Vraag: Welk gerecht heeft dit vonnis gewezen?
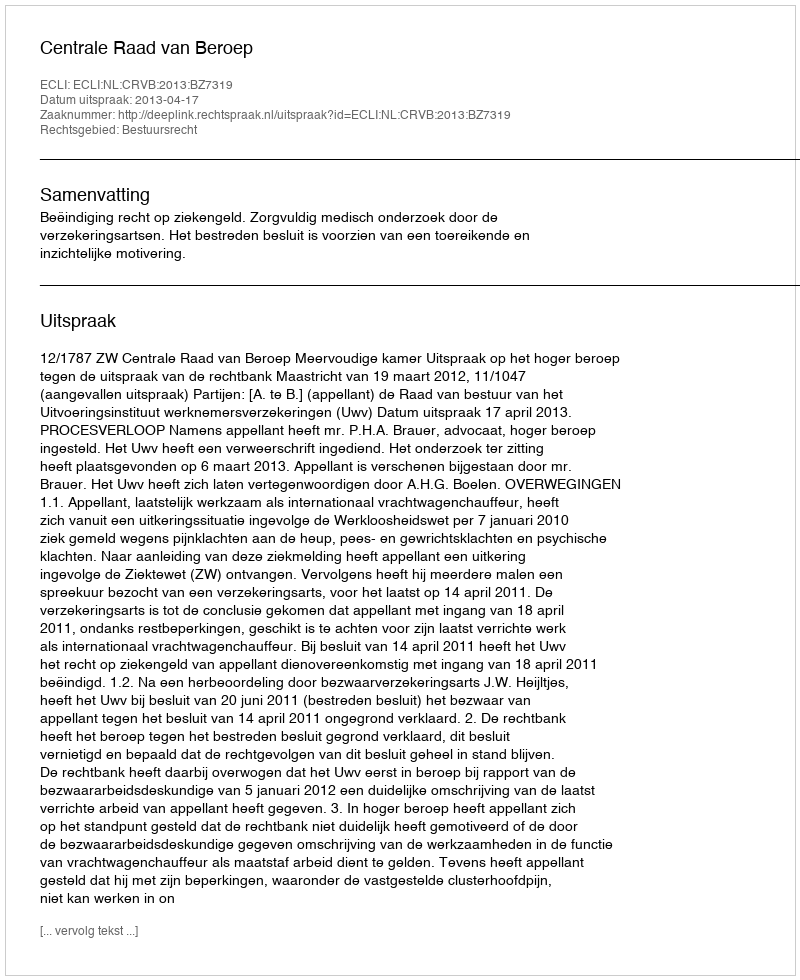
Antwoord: Centrale Raad van Beroep